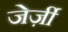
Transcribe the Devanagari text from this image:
जेर्ज़ी